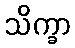
သိက္ခာ